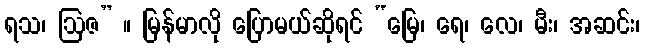
ရသ၊ ဩဇ” ။ မြန်မာလို ပြောမယ်ဆိုရင် “မြေ၊ ရေ၊ လေ၊ မီး၊ အဆင်း၊